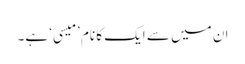
ان میں سے ایک کا نام ’میسی‘ ہے۔